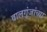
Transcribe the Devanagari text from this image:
वालगुंजांच्या